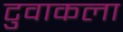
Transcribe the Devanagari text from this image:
टुवाकला